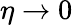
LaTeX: \eta\to 0